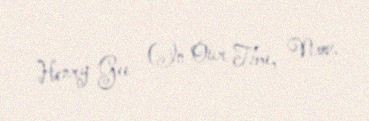
Henry Gee (In Our Time, Nov.